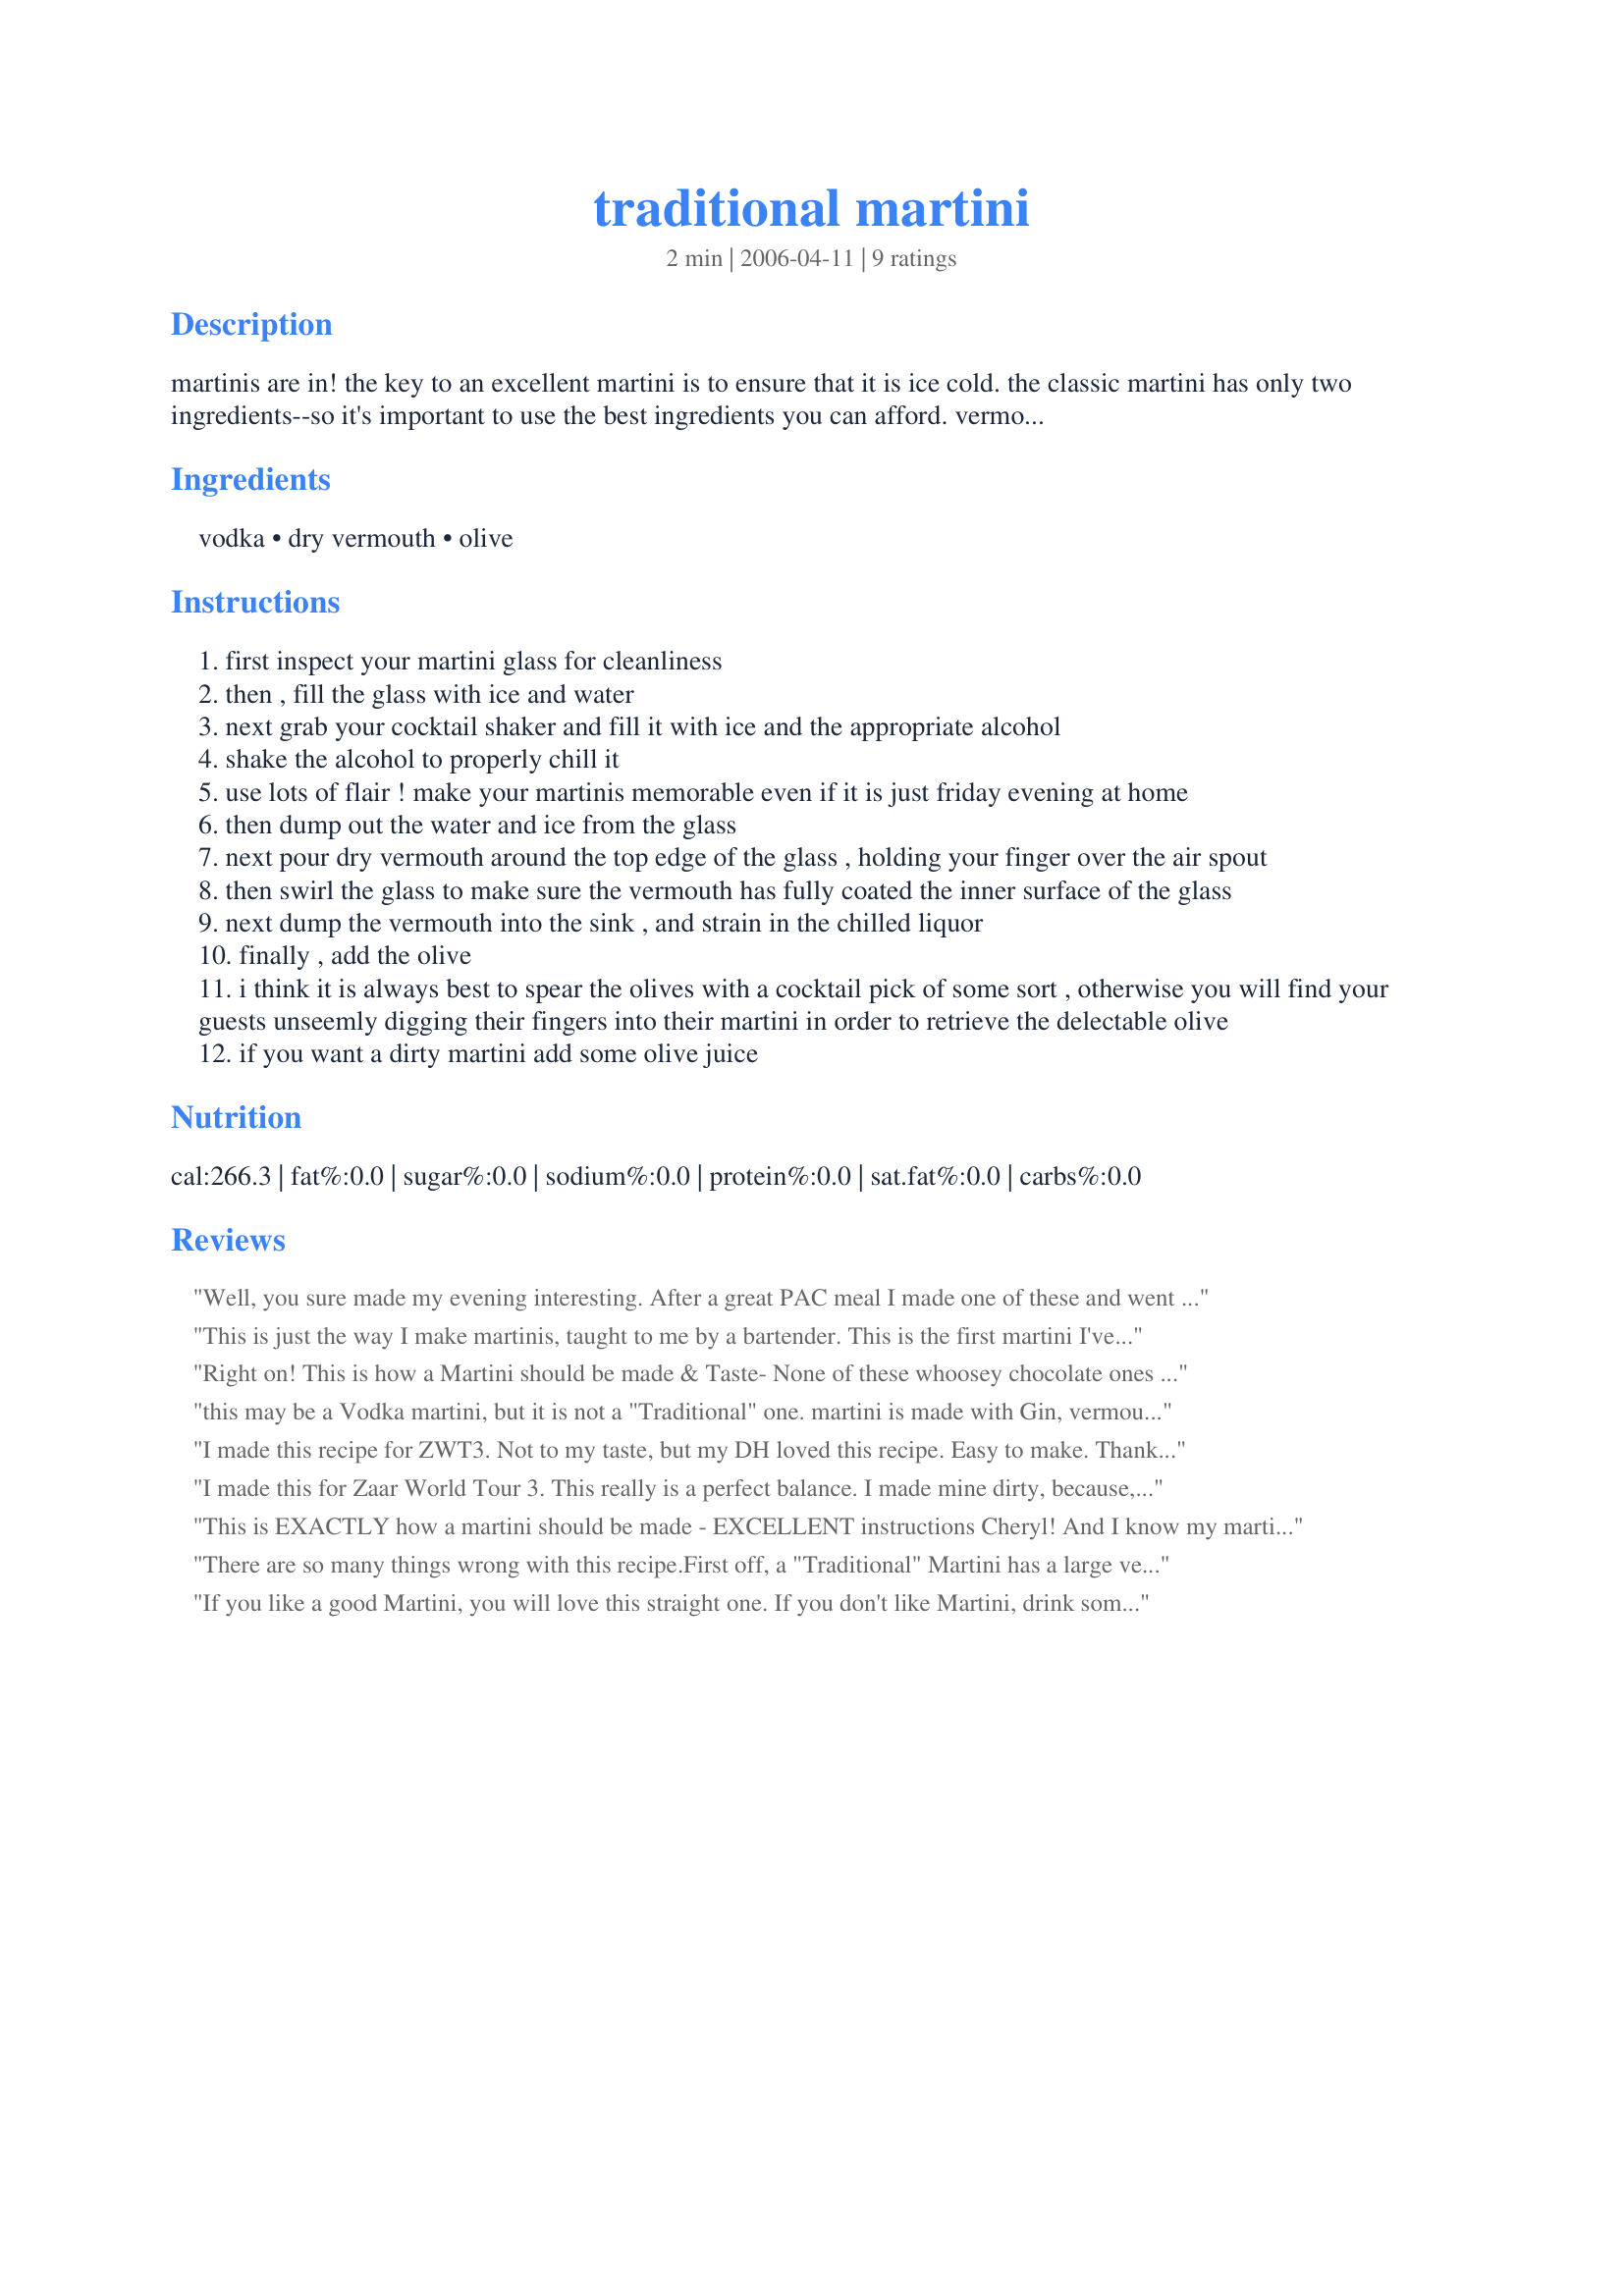
traditional martini
Preparation time: 2 minutes

martinis are in! the key to an excellent martini is to ensure that it is ice cold. the classic martini has only two ingredients--so it's important to use the best ingredients you can afford. vermouth should be stored in the refrigerator to retain its flavor. energetic shaking with ice coupled with some flair is vital for a smooth/silky result. stirring produces a crystal-clear martini but it will never get as cold as a shaken martini. this is also called an "in and out martini" or "spitting the vermouth." it results in a well balanced martini every time.

Ingredients:
vodka, dry vermouth, olive

Steps:
first inspect your martini glass for cleanliness
then , fill the glass with ice and water
next grab your cocktail shaker and fill it with ice and the appropriate alcohol
shake the alcohol to properly chill it
use lots of flair ! make your martinis memorable even if it is just friday evening at home
then dump out the water and ice from the glass
next pour dry vermouth around the top edge of the glass , holding your finger over the air spout
then swirl the glass to make sure the vermouth has fully coated the inner surface of the glass
next dump the vermouth into the sink , and strain in the chilled liquor
finally , add the olive
i think it is always best to spear the olives with a cocktail pick of some sort , otherwise you will find your guests unseemly digging their fingers into their martini in order to retrieve the delectable olive
if you want a dirty martini add some olive juice

Reviews:
Well, you sure made my evening interesting. After a great PAC meal I made one of these and went to typing on Zaar and got a little chatty. I don't know what I'll read in the morning, but I hope I didn't upset anyone. This was a great martini even though I didn't have a shaker and just chilled everything in the freezer while I was making dinner and then followed the directions then. I could not find anything to shake the alcohol and ice in at my daughter's house. You can only drink one of these I think. I'm going to bed now and thank you Cherly. I think I'll sleep real good tonight. Hugs
This is just the way I make martinis, taught to me by a bartender. This is the first martini I've had in a couple of years and OH BOY was it fabulous! I made ours 'dirty' because that's the way we love them, and used tanqueray and jalapeno-stuffed olives. We're having them again tonight. Wheee! Thanks Diva Cheryl!
Right on! This is how a Martini should be made & Taste- None of these whoosey chocolate ones or raspberry types. Just Blue Sapphire Bombay Gin and Martini Vermouth. The Olives are Jalapeno stuffed Thanks Cheryl
this may be a Vodka martini, but it is not a "Traditional" one. martini is made with Gin, vermouth, an olive or a twist of lemon. it is stirred. that's it. end of story.
I made this recipe for ZWT3. Not to my taste, but my DH loved this recipe. Easy to make. Thanks for sharing.
I made this for Zaar World Tour 3.

This really is a perfect balance. I made mine dirty, because, man, I love olives. Thanks for a great go to recipe for a classic cocktail.
This is EXACTLY how a martini should be made - EXCELLENT instructions Cheryl! And I know my martinis - I am the zaar lady with the martini icon!!!! :-) Olives are de rigueur my darlink - so do not leave them out! Saved this as soon as I saw it - even though I have this formula in my head......all the time! :-) Thanks for a CLASSIC! FT:-)
There are so many things wrong with this recipe.<br/><br/>First off, a "Traditional" Martini has a large vermouth to gin ratio. This is a dry (probably even an extra dry) martini.<br/><br/>Second, the gin shouldn't be shaken. I won't call it bruising like a lot of cocktail aficionados, but shaking the gin hurts your martini in two ways. First, it results in a cloudy, dirty-looking drink, and nobody wants a dirty martini without olive juice. Second, it gets the gin too cold. Stirring should chill the gin to a cold temperature while still retaining the flavor.<br/><br/>If you like this recipe, you do not like martinis. You like over-chilled gin.
If you like a good Martini, you will love this straight one. If you don't like Martini, drink something else. This is just how a Martini should be served - straight.
